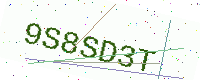
Text: 9S8SD3T